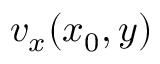
v _ { x } ( x _ { 0 } , y )